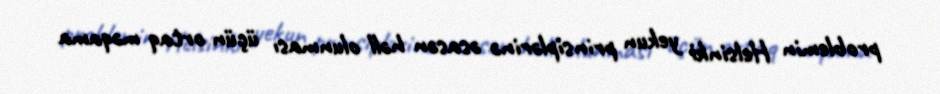
problemin Helsinki yekun prinsiplərinə əsasən həll olunması üçün ortaq məqama